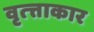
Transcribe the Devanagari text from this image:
वृत्त्ताकार